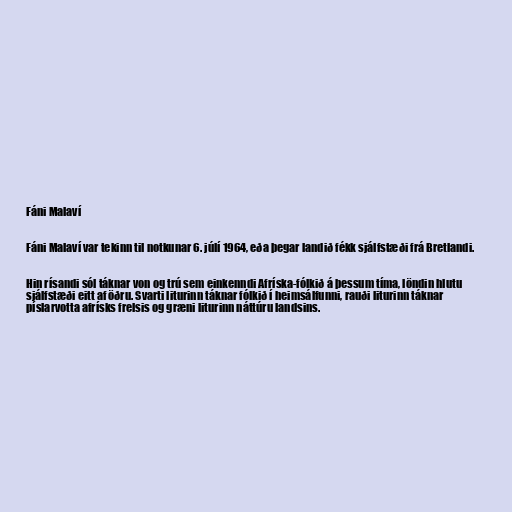
Fáni Malaví

Fáni Malaví var tekinn til notkunar 6. júlí 1964, eða þegar landið fékk sjálfstæði frá Bretlandi.

Hin rísandi sól táknar von og trú sem einkenndi Afríska-fólkið á þessum tíma, löndin hlutu
sjálfstæði eitt af öðru. Svarti liturinn táknar fólkið í heimsálfunni, rauði liturinn táknar
píslarvotta afrísks frelsis og græni liturinn náttúru landsins.